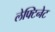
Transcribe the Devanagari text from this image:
लेफ्टिनेट